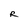
Character: R